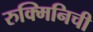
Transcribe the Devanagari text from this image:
रुक्मिनिची